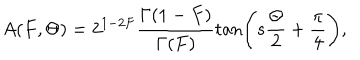
A ( F , \Theta ) = 2 ^ { 1 - 2 F } \frac { \Gamma ( 1 - F ) } { \Gamma ( F ) } \tan \Biggl ( s \frac { \Theta } { 2 } + \frac { \pi } { 4 } \Biggr ) ,